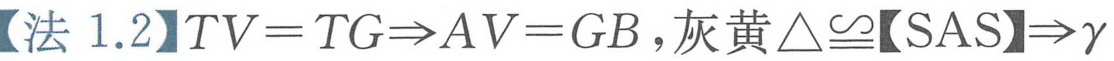
【法 1.2】\(TV = TG\Rightarrow AV = GB\)，灰黄\(\triangle\cong\)【SAS】\(\Rightarrow\gamma\)